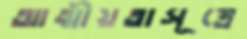
আত্মীয়তাসূত্রে